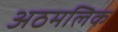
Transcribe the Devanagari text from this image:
अठमलिक